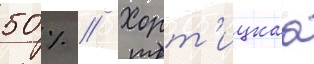
50 % // Хорт'ицкаа